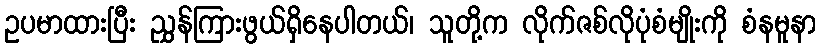
ဥပမာထားပြီး ညွှန်ကြားဖွယ်ရှိနေပါတယ်၊ သူတို့က လိုက်ဇစ်လိုပုံစံမျိုးကို စံနမူနာ